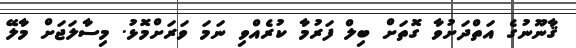
ޤާނޫނުގެ އަތްދަށުވާ ގޮތަށް ބިލް ފަރުމާ ކުރެއްވި ނަމަ ވަރަށްމޮޅު. މިސާލަޖަށް މާލޭ